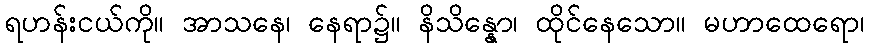
ရဟန်းငယ်ကို။ အာသနေ၊ နေရာ၌။ နိသိန္နော၊ ထိုင်နေသော။ မဟာထေရော၊